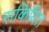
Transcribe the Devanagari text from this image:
सकियित